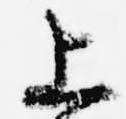
上